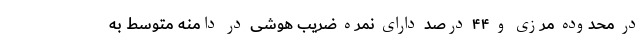
در محدوده مرزی و ۴۴ درصد دارای نمره ضریب هوشی در دامنه متوسط ‌به